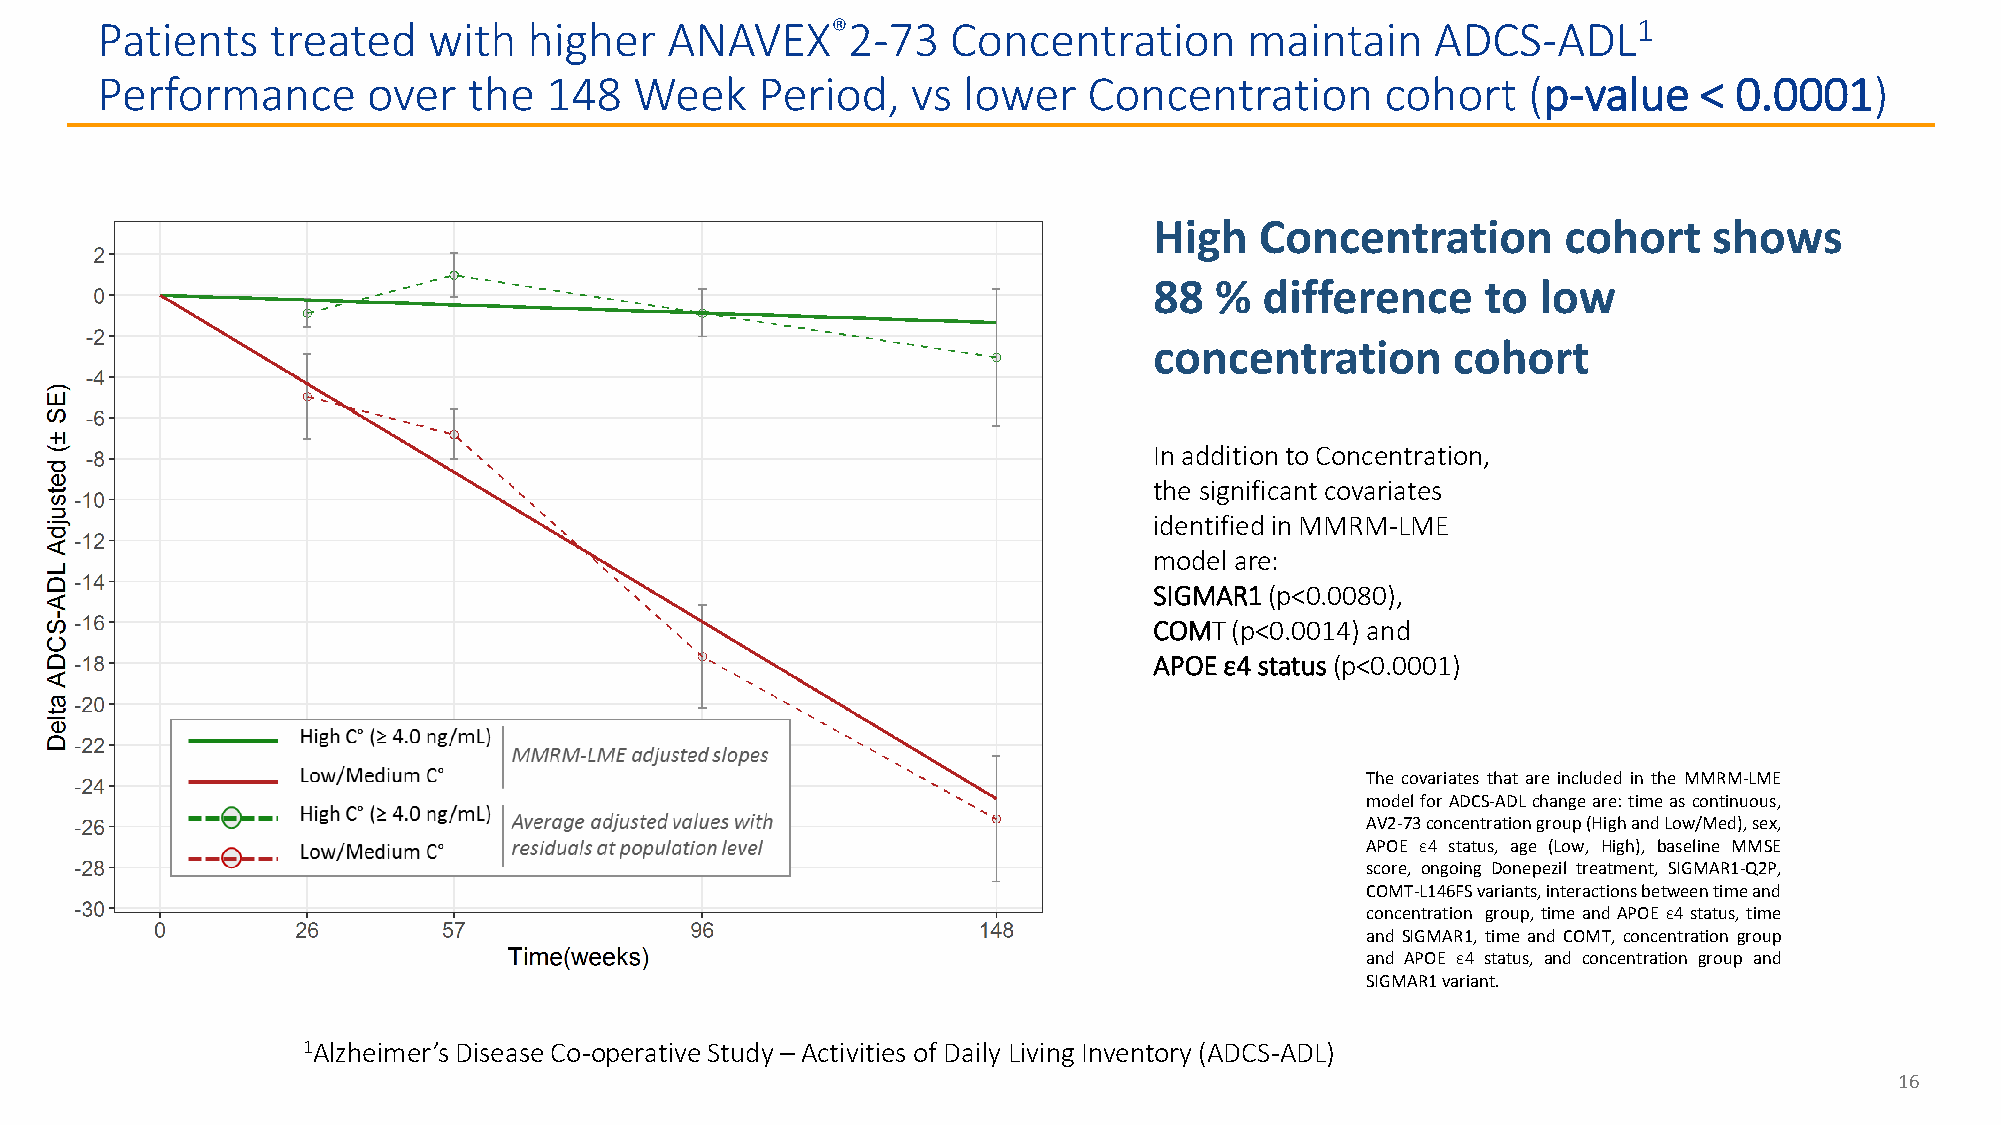
Patients    treated   with   higher   ANAVEX®2-73        Concentration       maintain    ADCS-ADL1
 Performance       over   the  148   Week    Period,   vs  lower   Concentration       cohort   (p-value   <  0.0001)
 High   Concentration        cohort   shows
 88  %   difference    to  low
 concentration       cohort
 In addition to Concentration,
 the significant covariates
 identified in MMRM-LME
 model are:
 SIGMAR1 (p<0.0080),
 COMT  (p<0.0014) and
 APOE ε4 status (p<0.0001)
 The covariates that are included in the MMRM-LME
 modelforADCS-ADLchangeare:timeascontinuous,
 AV2-73concentrationgroup(HighandLow/Med),sex,
 APOE ε4 status, age (Low, High), baseline MMSE
 score, ongoing Donepezil treatment, SIGMAR1-Q2P,
 COMT-L146FSvariants,interactionsbetweentimeand
 concentration group, timeandAPOE ε4status, time
 and SIGMAR1, time and COMT, concentration group
 and APOE ε4 status, and concentration group and
 SIGMAR1variant.
 1Alzheimer’s Disease Co-operative Study – Activities of Daily Living Inventory (ADCS-ADL)
 16